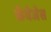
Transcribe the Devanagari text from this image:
कॅबेजेस